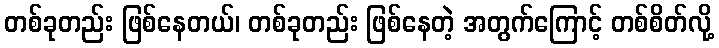
တစ်ခုတည်း ဖြစ်နေတယ်၊ တစ်ခုတည်း ဖြစ်နေတဲ့ အတွက်ကြောင့် တစ်စိတ်လို့